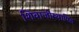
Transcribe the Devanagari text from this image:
शिवाजीस्थापित